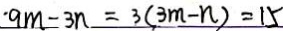
\cdot 9 m - 3 n = 3 ( 3 m - n ) = 1 5